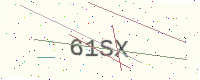
Text: 61SX